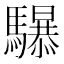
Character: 𱄷